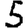
Digit: 5